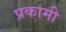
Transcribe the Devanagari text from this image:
प्रकामी